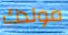
مولدك